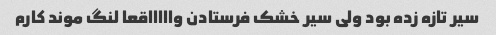
سیر تازه زده بود ولی سیر خشک فرستادن واااااقعا لنگ موند کارم